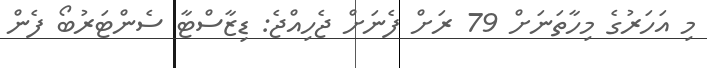
މި އަހަރުގެ މިހާތަނަށް 79 ރަށް ފެނަށް ޖެހިއްޖެ: ޑިޒާސްޓާ ސެންޓަރުބޯ ފެން